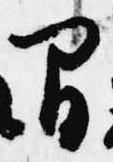
間